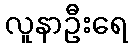
လူနာဦးရေ